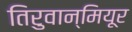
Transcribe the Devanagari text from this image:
तिरुवान्मियूर